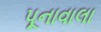
પૂનાવાલા